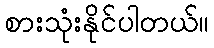
စားသုံးနိုင်ပါတယ်။